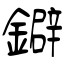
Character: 鐴